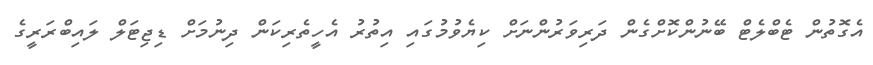
އެގޮތުން ޓެބްލެޓް ބޭނުންކޮށްގެން ދަރިވަރުންނަށް ކިޔެވުމުގައި އިތުރު އެހީތެރިކަން ދިނުމަށް ޑިޖިޓަލް ލައިބްރަރީގެ